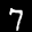
Label: 7